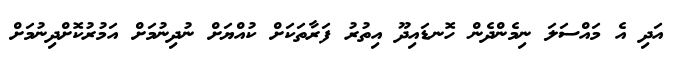
އަދި އެ މައްސަލަ ނިމެންދެން ހޮނޑައިދޫ އިތުރު ފަރާތަކަށް ކުއްޔަށް ނުދިނުމަށް އަމުރުކޮށްދިނުމަށް